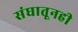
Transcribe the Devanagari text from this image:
संघातूनही